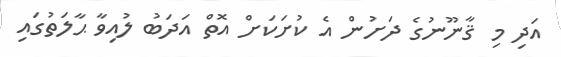
އަދި މި ޤާނޫނުގެ ދަށުން އެ ކުށަކަށް އޮތް އަދަބު ލުއިވާ ޙާލަތުގައި